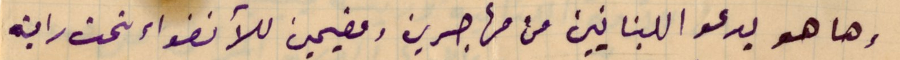
وها هو يدعو اللبنانيين من مهاجرين ومقيمين للأنضواء تحت رايته